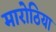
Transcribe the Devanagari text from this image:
मारोठिया